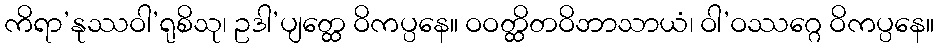
ကိရာ’နုဿဝါ’ရုစိသု၊ ဥဒါ’ပျတ္ထေ ဝိကပ္ပနေ။ ဝဝတ္ထိတဝိဘာသာယံ၊ ဝါ’ဝဿဂ္ဂေ ဝိကပ္ပနေ။